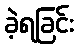
ခဲ့ရခြင်း